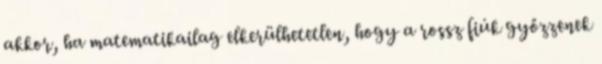
akkor, ha matematikailag elkerülhetetlen, hogy a rossz fiúk győzzenek